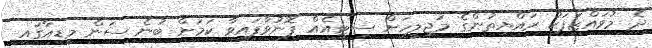
ދެ މުވައްޒަފަކު ރައްޔިތުންގެ މަޖިލީހަށް ސިޓީއެއް ފޮނުވާފައިވާ ކަމަށް ބުނެ ސަން މީޑިއާގައި